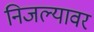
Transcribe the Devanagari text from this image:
निजल्यावर